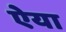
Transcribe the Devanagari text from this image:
ऐया